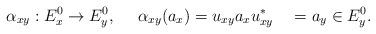
LaTeX: \begin{align*} \alpha_{xy}:E^0_x \to E^0_y, ~~ ~ ~ \alpha_{xy}(a_x) = u_{xy} a_x u_{xy}^* ~~~= a_y \in E^0_y.\end{align*}